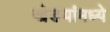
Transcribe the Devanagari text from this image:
खेडयांमध्ये